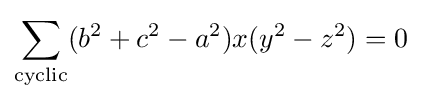
\sum _{\text{cyclic}}(b^{2}+c^{2}-a^{2})x(y^{2}-z^{2})=0